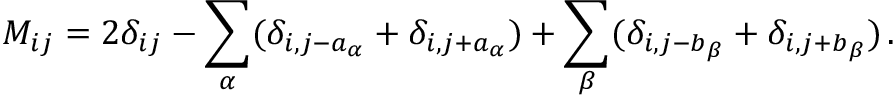
M _ { i j } = 2 \delta _ { i j } - \sum _ { \alpha } ( \delta _ { i , j - a _ { \alpha } } + \delta _ { i , j + a _ { \alpha } } ) + \sum _ { \beta } ( \delta _ { i , j - b _ { \beta } } + \delta _ { i , j + b _ { \beta } } ) \, .